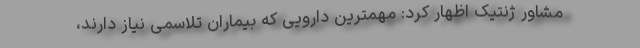
مشاور ژنتیک اظهار کرد: مهمترین دارویی که بیماران تلاسمی نیاز دارند،